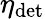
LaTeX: \eta_{\mathrm{det}}